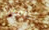
كاميرة